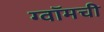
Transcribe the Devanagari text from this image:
ग्वॉमची